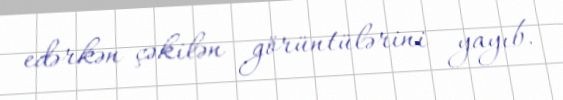
edərkən çəkilən görüntülərini yayıb.